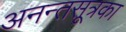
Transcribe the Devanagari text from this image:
अनन्तसूत्रका